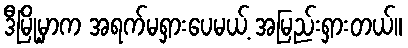
ဒီမြို့မှာက အရက်မရှားပေမယ့် အမြည်းရှားတယ်။